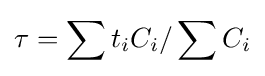
\tau =\sum t_{i}C_{i}/\sum C_{i}